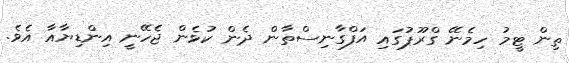
ތިން ޓީމު ހިމެނޭ ގްރޫޕުގައި އަފްގާނިސްތާން ދެން ކުޅެން ޖެހޭނީ އިންޑިޔާއާ އެވެ.